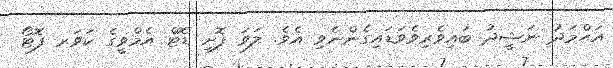
އަޙްމަދު ނަޝީދު ބައިވެރިވެވަޑައިގެންނެވި އެވެ. ލަވަ ފޮށި ޑޮޓް އެމްވީގެ ކަވަރ ފޮޓޯ